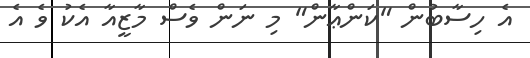
އެ ހިސާބުން "ކަންޢާން" މި ނަން ވެސް މާޒީއާ އެކު ވެ އެ